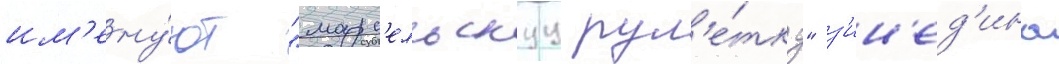
им'ену́ют "марс'ельскуу рул'е́тку" з'ин'ед'ина